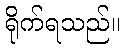
ရိုက်ရသည်။